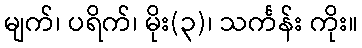
မျက်၊ ပရိက်၊ မိုး(၃)၊ သင်္ကန်း ကိုး။